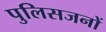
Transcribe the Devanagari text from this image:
पुलिसजनों